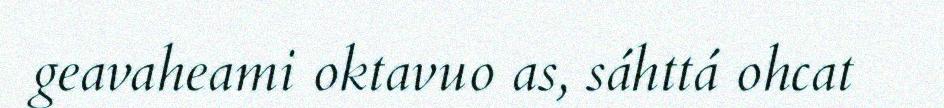
geavaheami oktavuo as, sáhttá ohcat